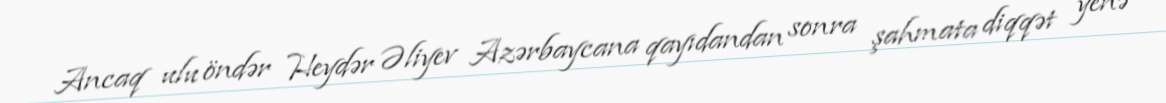
Ancaq ulu öndər Heydər Əliyev Azərbaycana qayıdandan sonra şahmata diqqət yenə